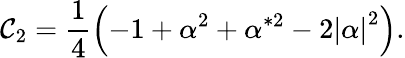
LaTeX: \mathcal{C}_{2}=\frac{1}{4}\left(-1+\alpha^{2}+\alpha^{*2}-2\left|\alpha\right|^{2}\right).